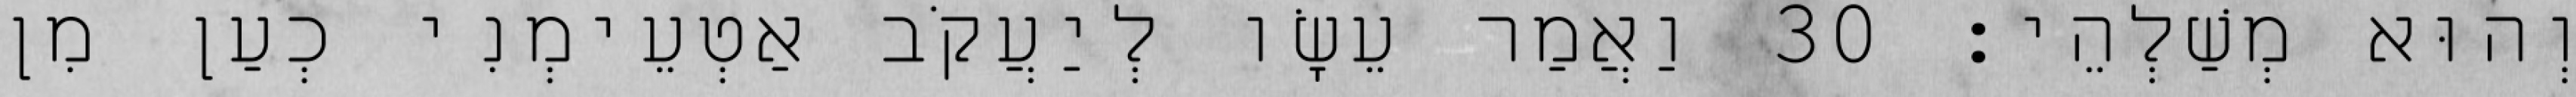
וְהוּא מְשַׁלְהֵי׃ 30 וַאֲמַר עֵשָׂו לְיַעֲקֹב אַטְעֵימְנִי כְעַן מִן